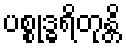
ပစ္စုဒ္ဓရိတုန္တိ